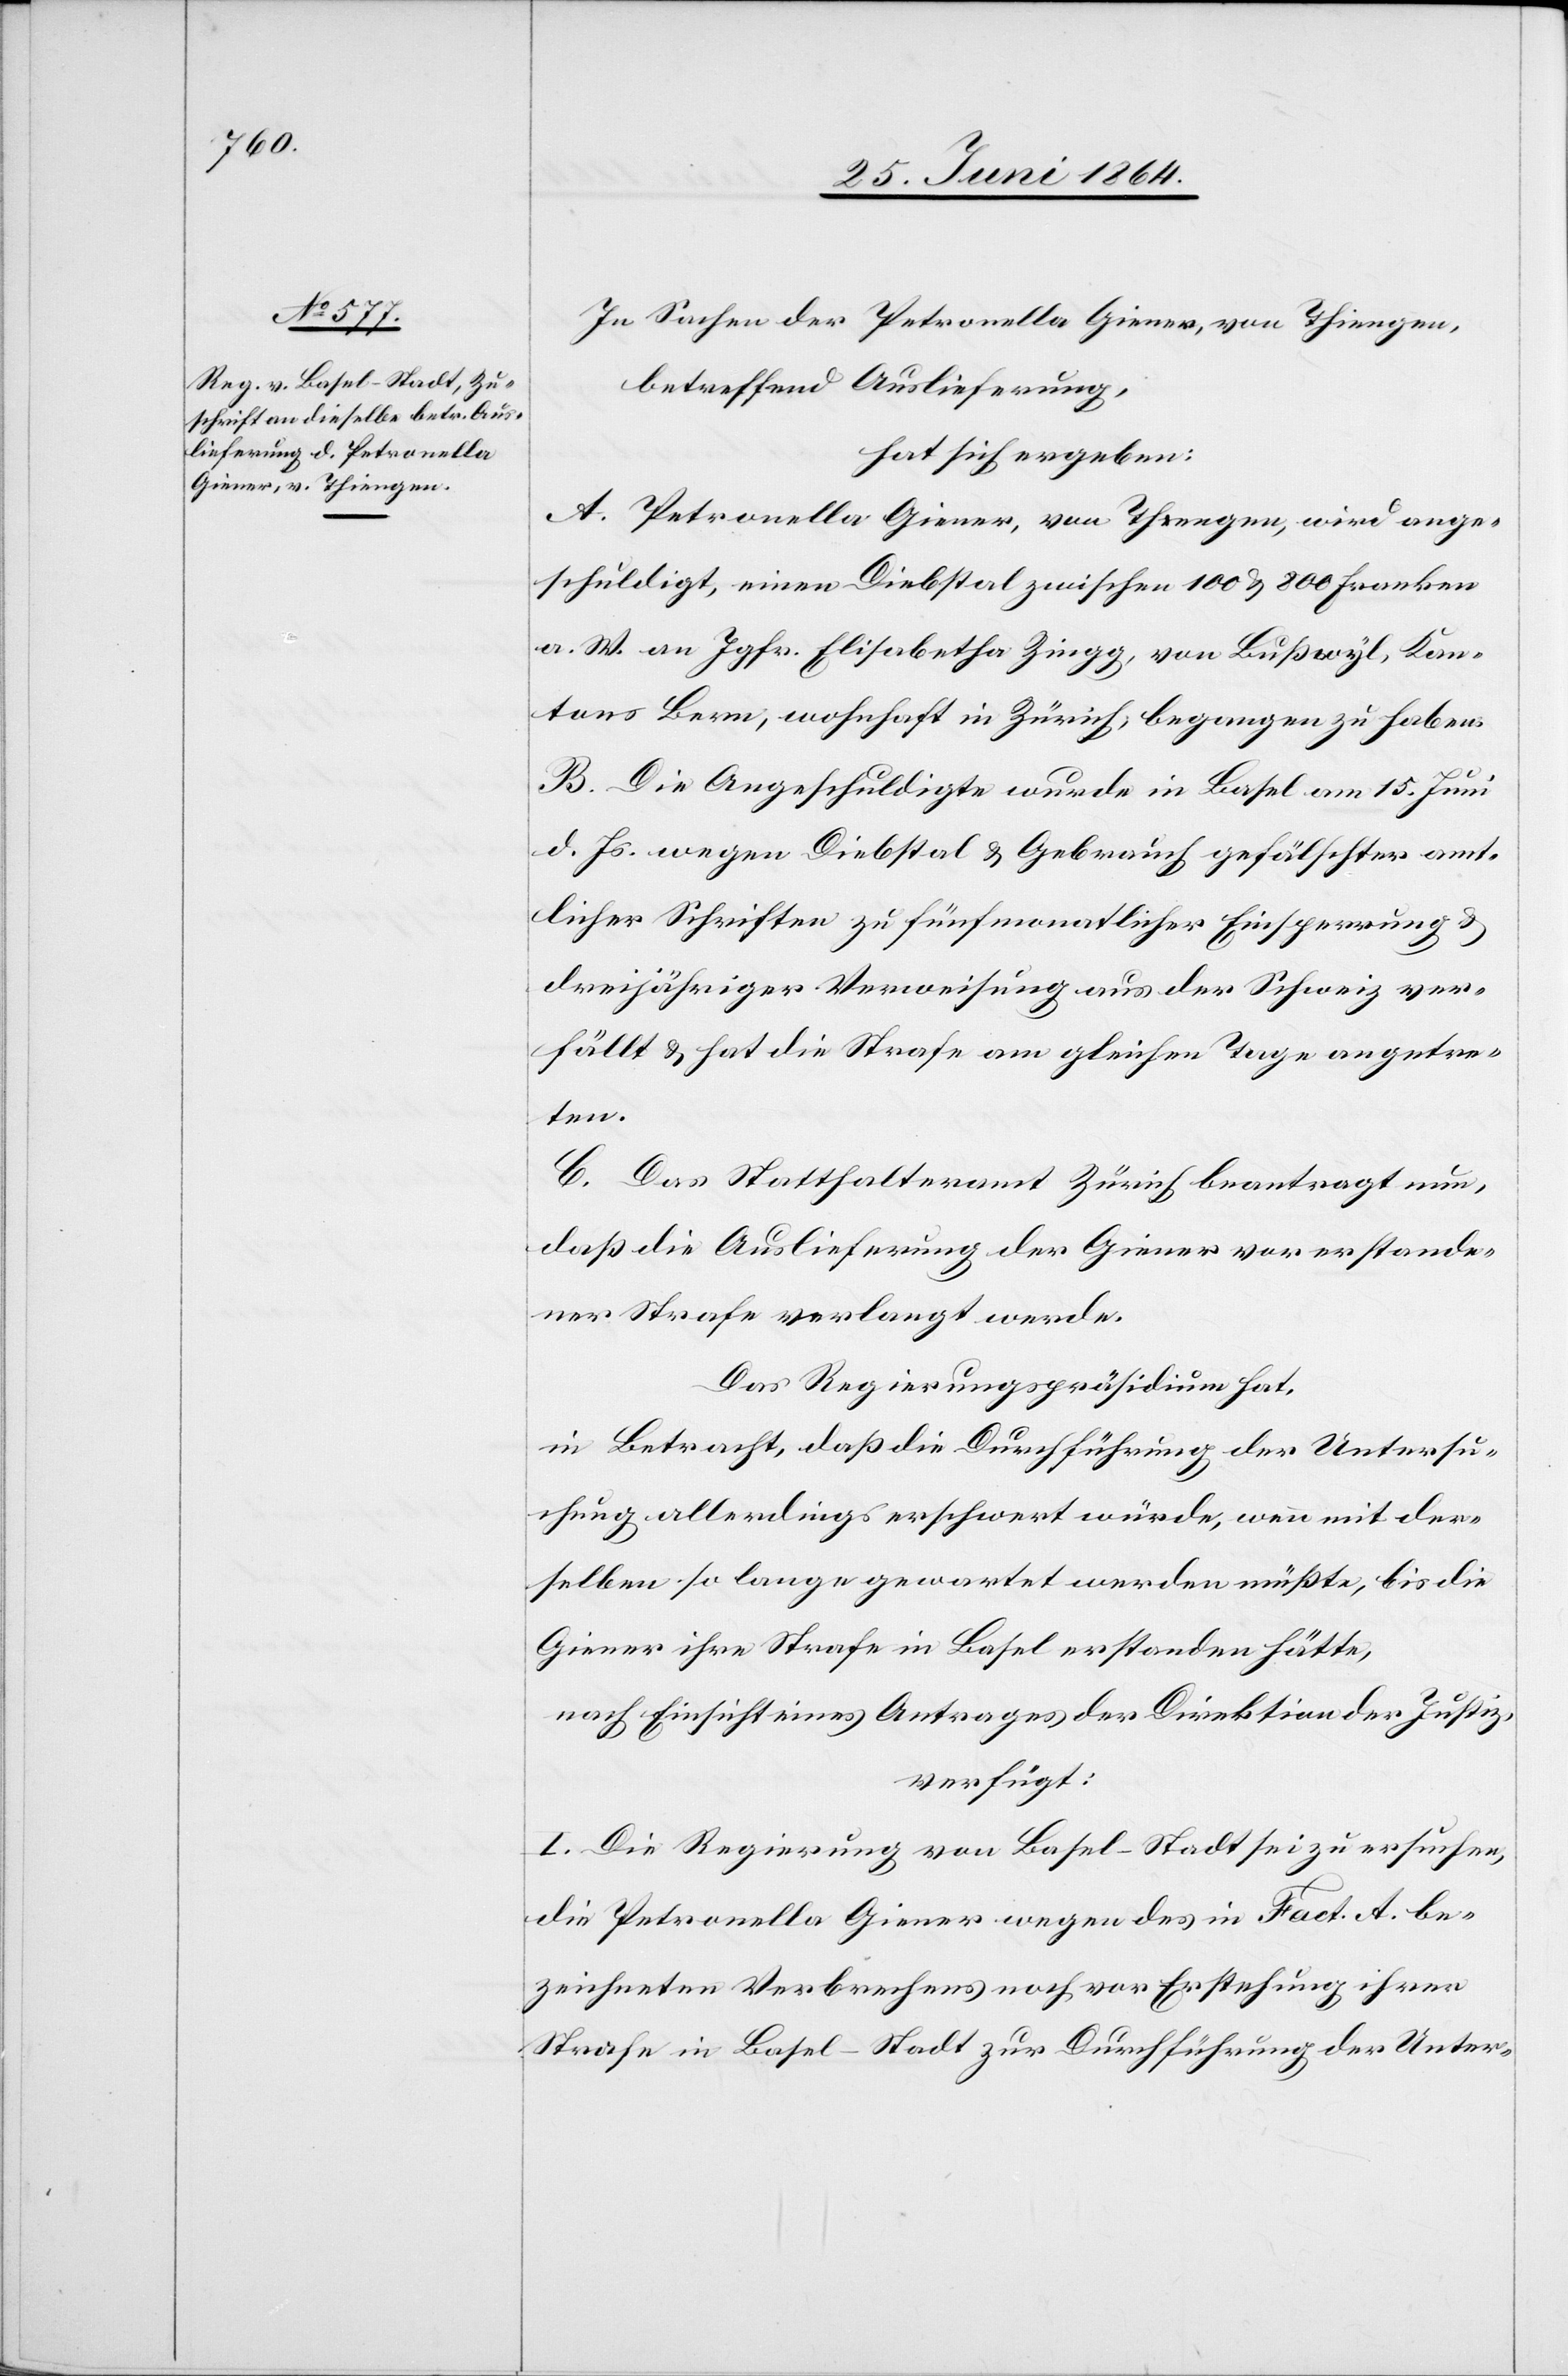
In Sachen der Petronella Giener, von Thiengen,
betreffend Auslieferung,
hat sich ergeben:
A. Petronella Giener, von Thiengen, wird ange¬
schuldigt, einen Diebstal zwischen 100 u. 800 Franken
a. W. an Jgfr. Elisabetha Zingg, von Bußwyl, Kan¬
tons Bern, wohnhaft in Zürich, begangen zu haben.
B. Die Angeschuldigte wurde in Basel am 15. Juni
d. Js. wegen Diebstal u. Gebrauch gefälschter amt¬
licher Schriften zu fünfmonatlicher Einsperrung u.
dreijähriger Verweisung aus der Schweiz ver¬
fällt u. hat die Strafe am gleichen Tage angetre¬
ten.
C. Das Statthalteramt Zürich beantragt nun,
daß die Auslieferung der Giener vor erstande¬
ner Strafe verlangt werde.
Das Regierungspräsidium hat,
in Betracht, daß die Durchführung der Untersu¬
chung allerdings erschwert würde, wenn mit der¬
selben so lange gewartet werden müßte, bis die
Giener ihre Strafe in Basel erstanden hätte,
nach Einsicht eines Antrages der Direktion der Justiz,
verfügt:
I. Die Regierung von Basel-Stadt sei zu ersuchen,
die Petronella Giener wegen des in Fact. A. be¬
zeichneten Verbrechens noch vor Erstehung ihrer
Strafe in Basel-Stadt zur Durchführung der Unter-